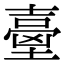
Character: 𡔼